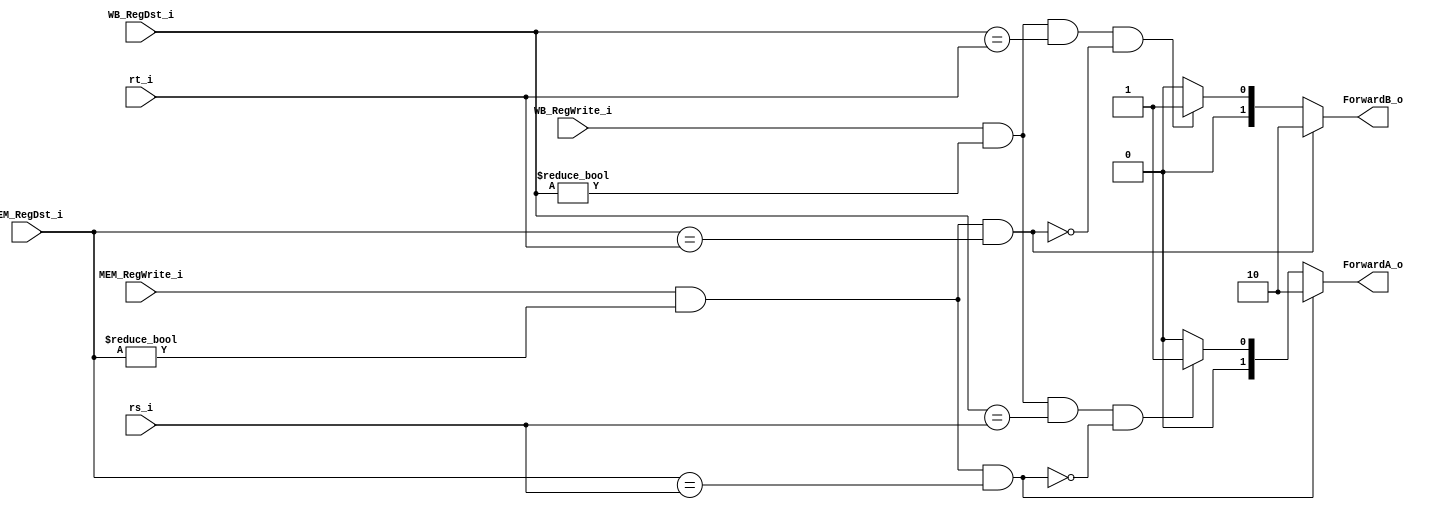
//Subject:     CO project 5 - Forwarding_Unit
//--------------------------------------------------------------------------------
//Version:     1
//--------------------------------------------------------------------------------
//Writer:       0340249
//----------------------------------------------
//----------------------------------------------
//Description: 
//--------------------------------------------------------------------------------

module Forwarding_Unit(
    	rs_i,
		rt_i,
		MEM_RegDst_i,
		WB_RegDst_i,
		MEM_RegWrite_i,
		WB_RegWrite_i,
		ForwardA_o,
		ForwardB_o
);
     
//I/O ports
input  [5-1:0]   rs_i;
input  [5-1:0]	 rt_i;
input  [5-1:0]	 MEM_RegDst_i;
input  [5-1:0]	 WB_RegDst_i;
input  			 MEM_RegWrite_i;
input  			 WB_RegWrite_i;

output [2-1:0]	 ForwardA_o;
output [2-1:0]	 ForwardB_o;

//Internal Signals
reg    [2-1:0]	 ForwardA_o;
reg    [2-1:0]	 ForwardB_o;

//Parameter
    
//Main function
always @(*) begin
	//$display("%b, %b, %b, %b, %b, %b", rs_i, rt_i, MEM_RegDst_i, WB_RegDst_i, MEM_RegWrite_i, WB_RegWrite_i);
	// forwardA
	if ( MEM_RegWrite_i && MEM_RegDst_i != 0 && MEM_RegDst_i == rs_i )
		ForwardA_o = 2'b10;
	else if ( WB_RegWrite_i && WB_RegDst_i != 0 && WB_RegDst_i == rs_i &&
		!(MEM_RegWrite_i && MEM_RegDst_i != 0 && MEM_RegDst_i == rs_i) )
		ForwardA_o = 2'b01;
	else 
		ForwardA_o = 2'b00;

	// forwardB
	if ( MEM_RegWrite_i && MEM_RegDst_i != 0 && MEM_RegDst_i == rt_i )
		ForwardB_o = 2'b10;
	else if ( WB_RegWrite_i && WB_RegDst_i != 0 && WB_RegDst_i == rt_i &&
		!(MEM_RegWrite_i && MEM_RegDst_i != 0 && MEM_RegDst_i == rt_i) )
		ForwardB_o = 2'b01;
	else 
		ForwardB_o = 2'b00;
	//$display("%b, %b", ForwardA_o, ForwardB_o);
end

endmodule